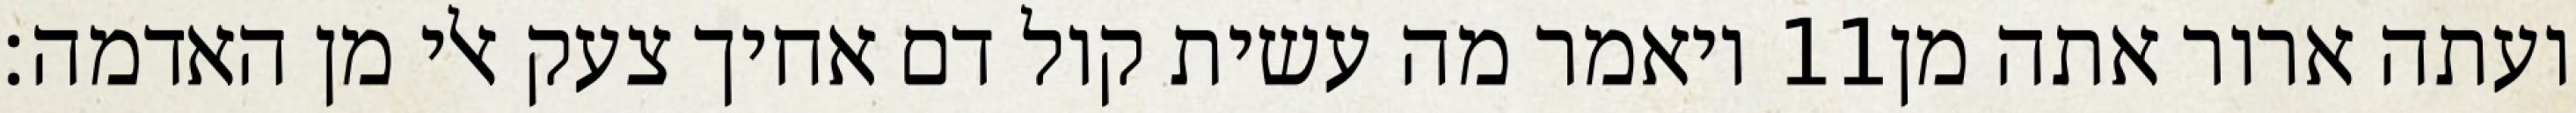
ויאמר מה עשית קול דם אחיך צעק אלי מן האדמה׃ ‎11‏ ועתה ארור אתה מן